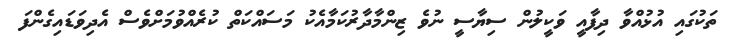
ތަކުގައި އުޅުއްވާ ދިފާއީ ވަކީލުން ސިޔާސީ ނުވެ ޒިންމާދާރުކަމާއެކު މަސައްކަތް ކުރެއްވުމަށްވެސް އެދިވަޑައިގެންފަ